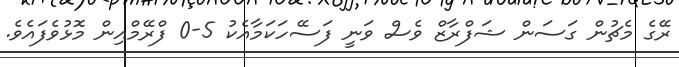
ރޭގެ މެޗުން ގަސަން ޝަފްރާޒް ވެސް ވަނީ ފަސޭހަކަމާއެކު 5-0 ފްރޭމްއިން މޮޅުވެފައެވެ.